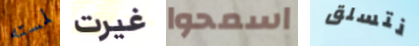
لمسته غيرت اسمحوا نتسلق